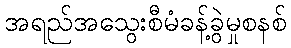
အရည်အသွေးစီမံခန့်ခွဲမှုစနစ်